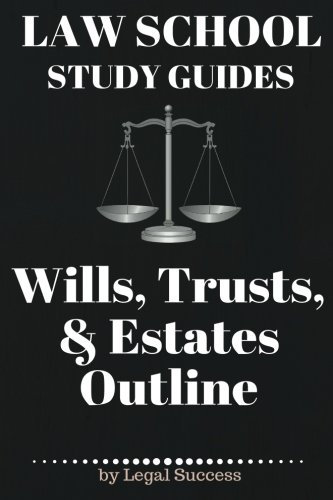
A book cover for Law School Study Guides: Wills, Trusts, & Estates Outline: Wills, Trusts, & Estates Outline (Volume 17); Legal Success; Law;